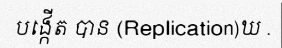
បង្កើត បាន (Replication)ឃ .